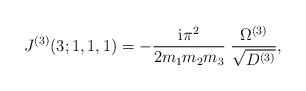
LaTeX: \begin{align*}J^{(3)}(3;1,1,1) = -\frac{\mbox{i} \pi^2}{2 m_1 m_2 m_3} \; \frac{\Omega^{(3)}}{\sqrt{D^{(3)}}} ,\end{align*}